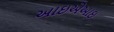
આઇએઆઇ